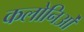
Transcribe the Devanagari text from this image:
कलोनिओं